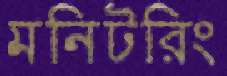
মনিটরিং